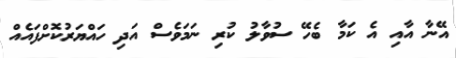
އޭނާ އާއި އެ ކަމާ ބެހޭ ސުވާލު ކުރި ނަަމަވެސް އަދި ހައްޔަރުކޮށްފައެއް